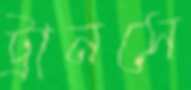
ট্রানসে